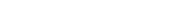
.